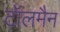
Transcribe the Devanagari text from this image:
टॉलमैन